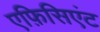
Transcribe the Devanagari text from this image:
एफ़िसिएंट